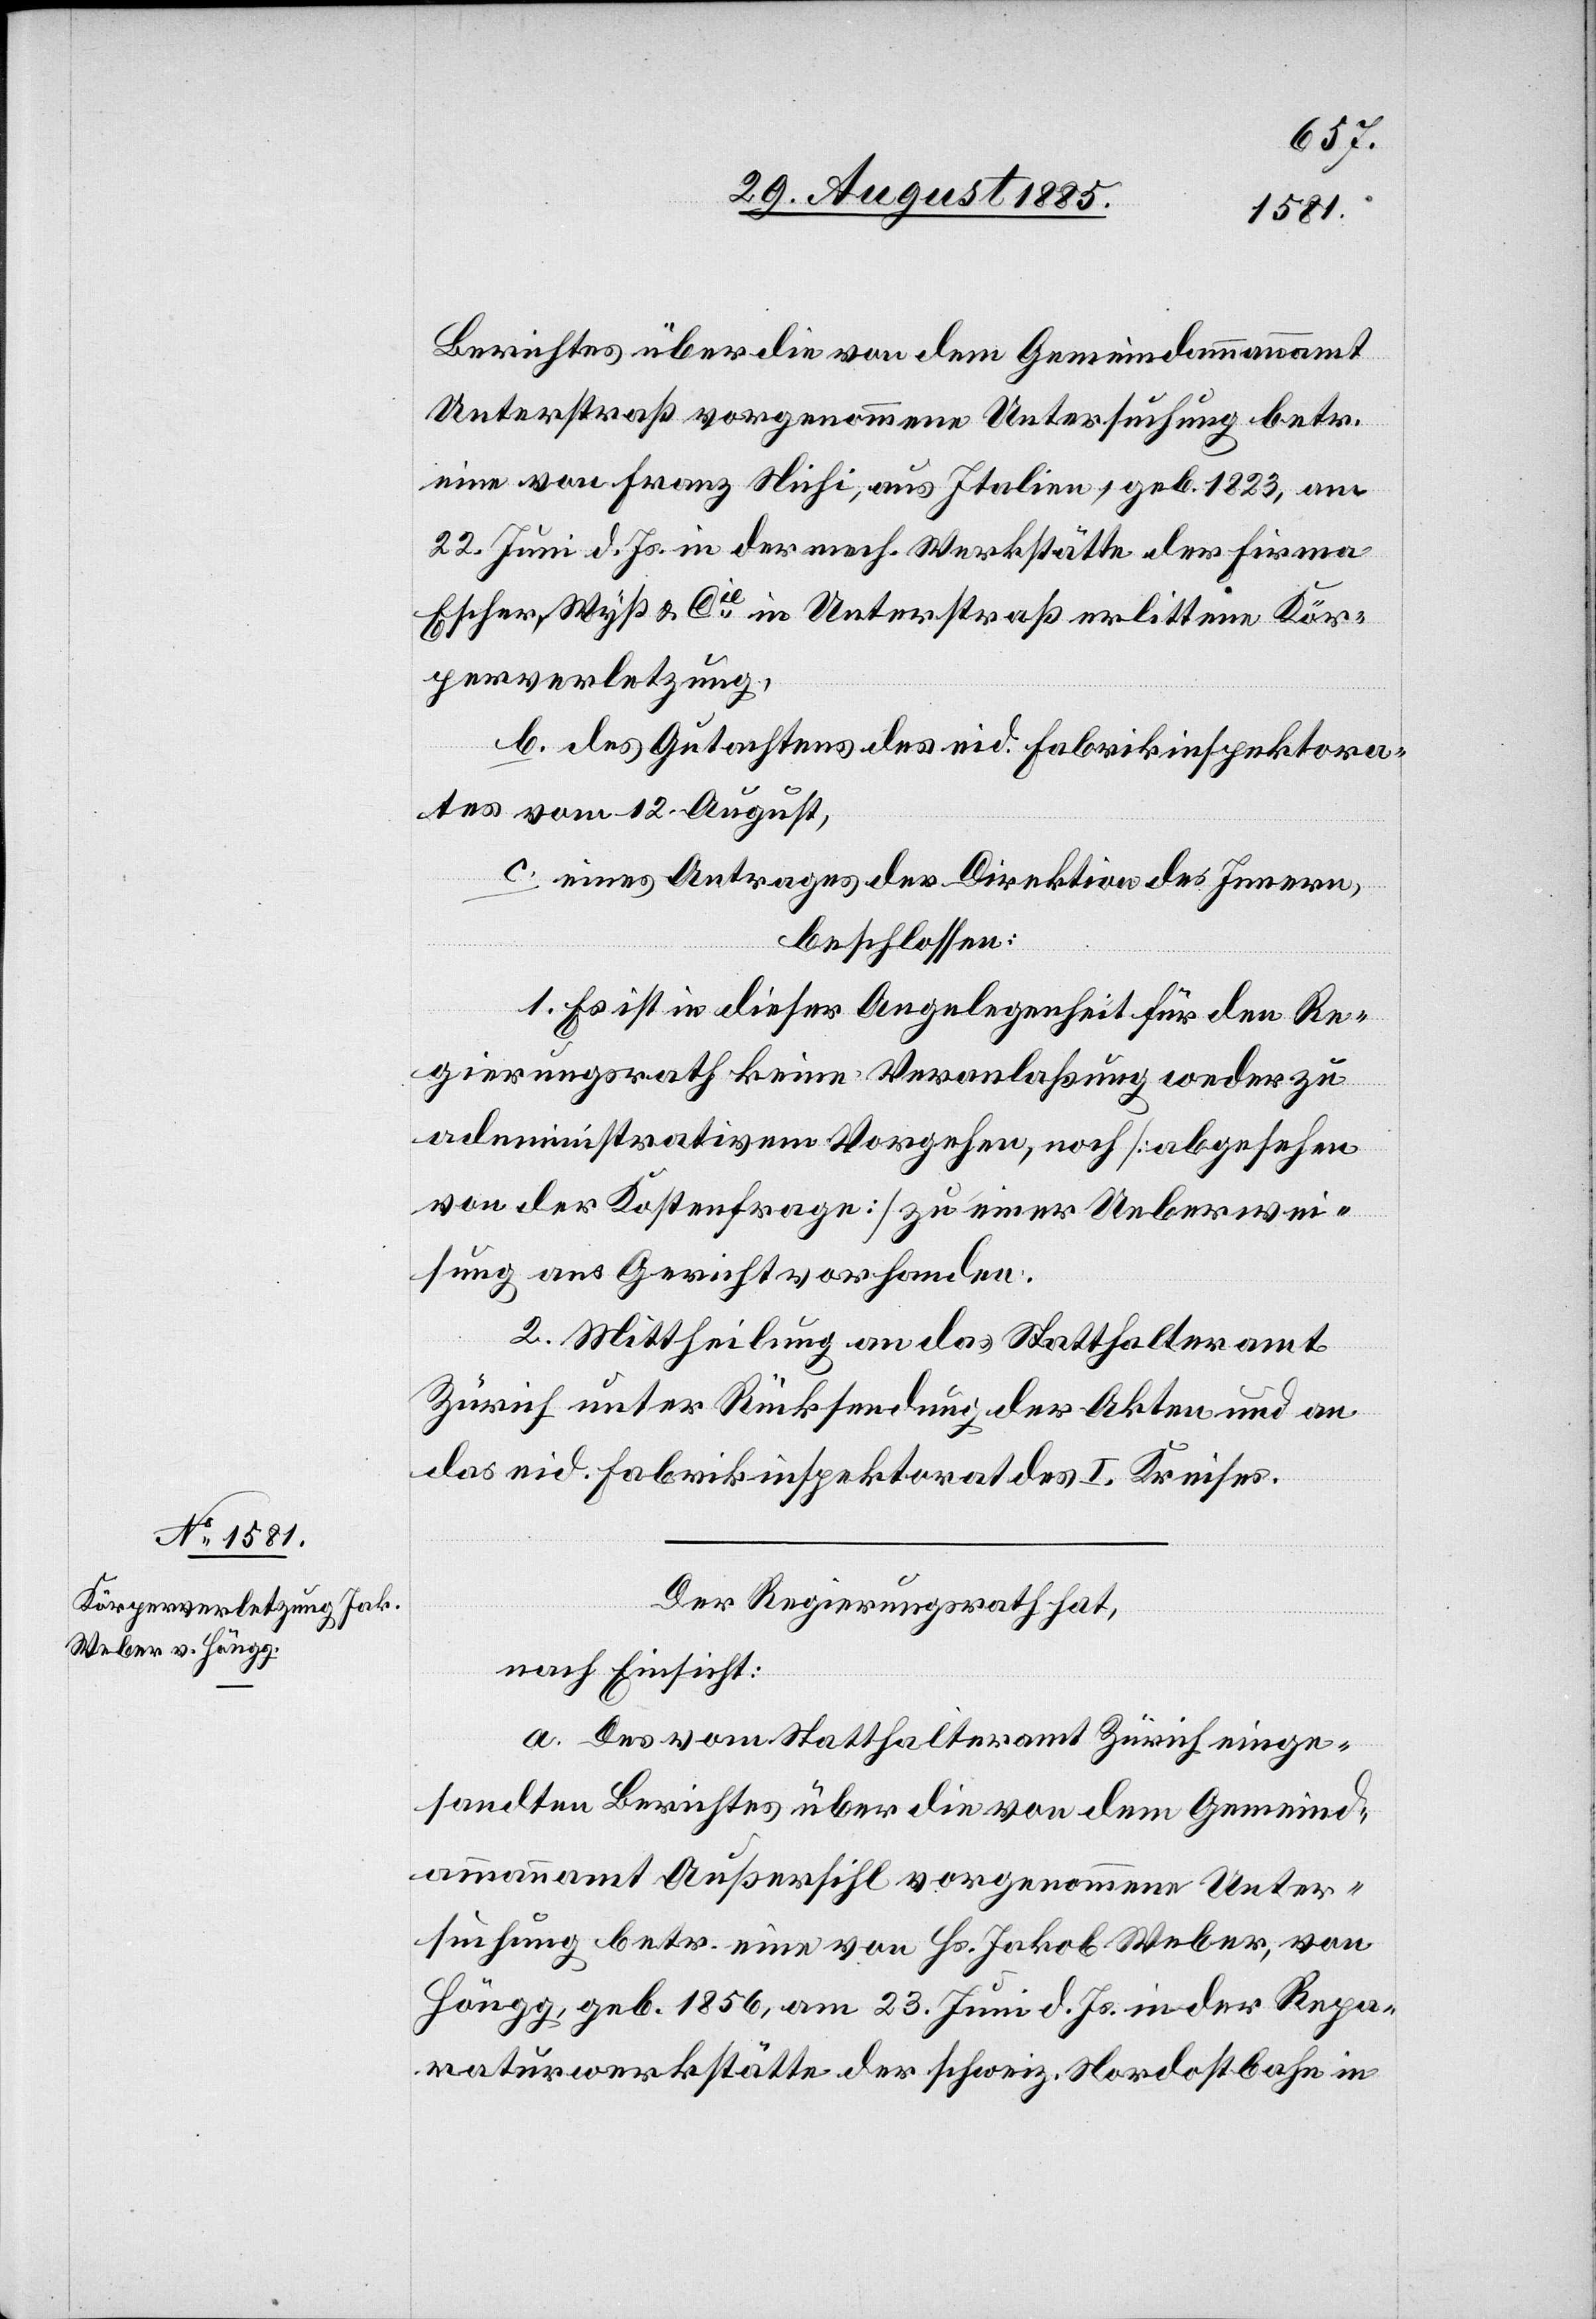
Berichtes über die von dem Gemeindammannamt
Unterstraß vorgenommene Untersuchung betr.
eine von Franz Nichi, aus Italien, geb. 1823, am
22. Juni d. Js. in der mech. Werkstätte der Firma
Escher, Wyß & Cie in Unterstraß erlittene Kör¬
perverletzung,
b. des Gutachtens des eid. Fabrikinspektora¬
tes vom 12. August,
c. eines Antrages der Direktion des Innern,
beschlossen:
1. Es ist in dieser Angelegenheit für den Re¬
gierungsrath keine Veranlaßung weder zu
administrativem Vorgehen, noch [abgesehen
von der Kostenfrage] zu einer Ueberwei¬
sung ans Gericht vorhanden.
2. Mittheilung an das Statthalteramt
Zürich unter Rücksendung der Akten und an
das eid. Fabrikinspektorat des I. Kreises.
Der Regierungsrath hat,
nach Einsicht:
a. Des vom Statthalteramt Zürich einge¬
sandten Berichtes über die von dem Gemeind¬
ammannamt Außersihl vorgenommene Unter¬
suchung betr. eine von Hs. Jakob Weber, von
Höngg, geb. 1856, am 23. Juni d. Js. in der Repa¬
raturwerkstätte der schweiz. Nordostbahn in